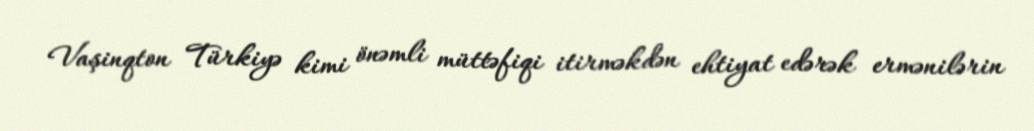
Vaşinqton Türkiyə kimi önəmli müttəfiqi itirməkdən ehtiyat edərək ermənilərin